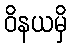
ဝိနယမှိ